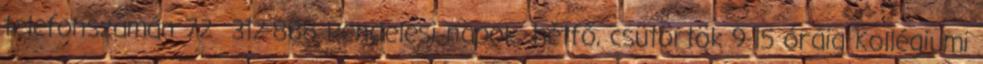
telefonszámán 72 312-888 Rendelési napok: hétfő, csütörtök 9-15 óráig Kollégiumi